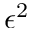
\epsilon ^ { 2 }